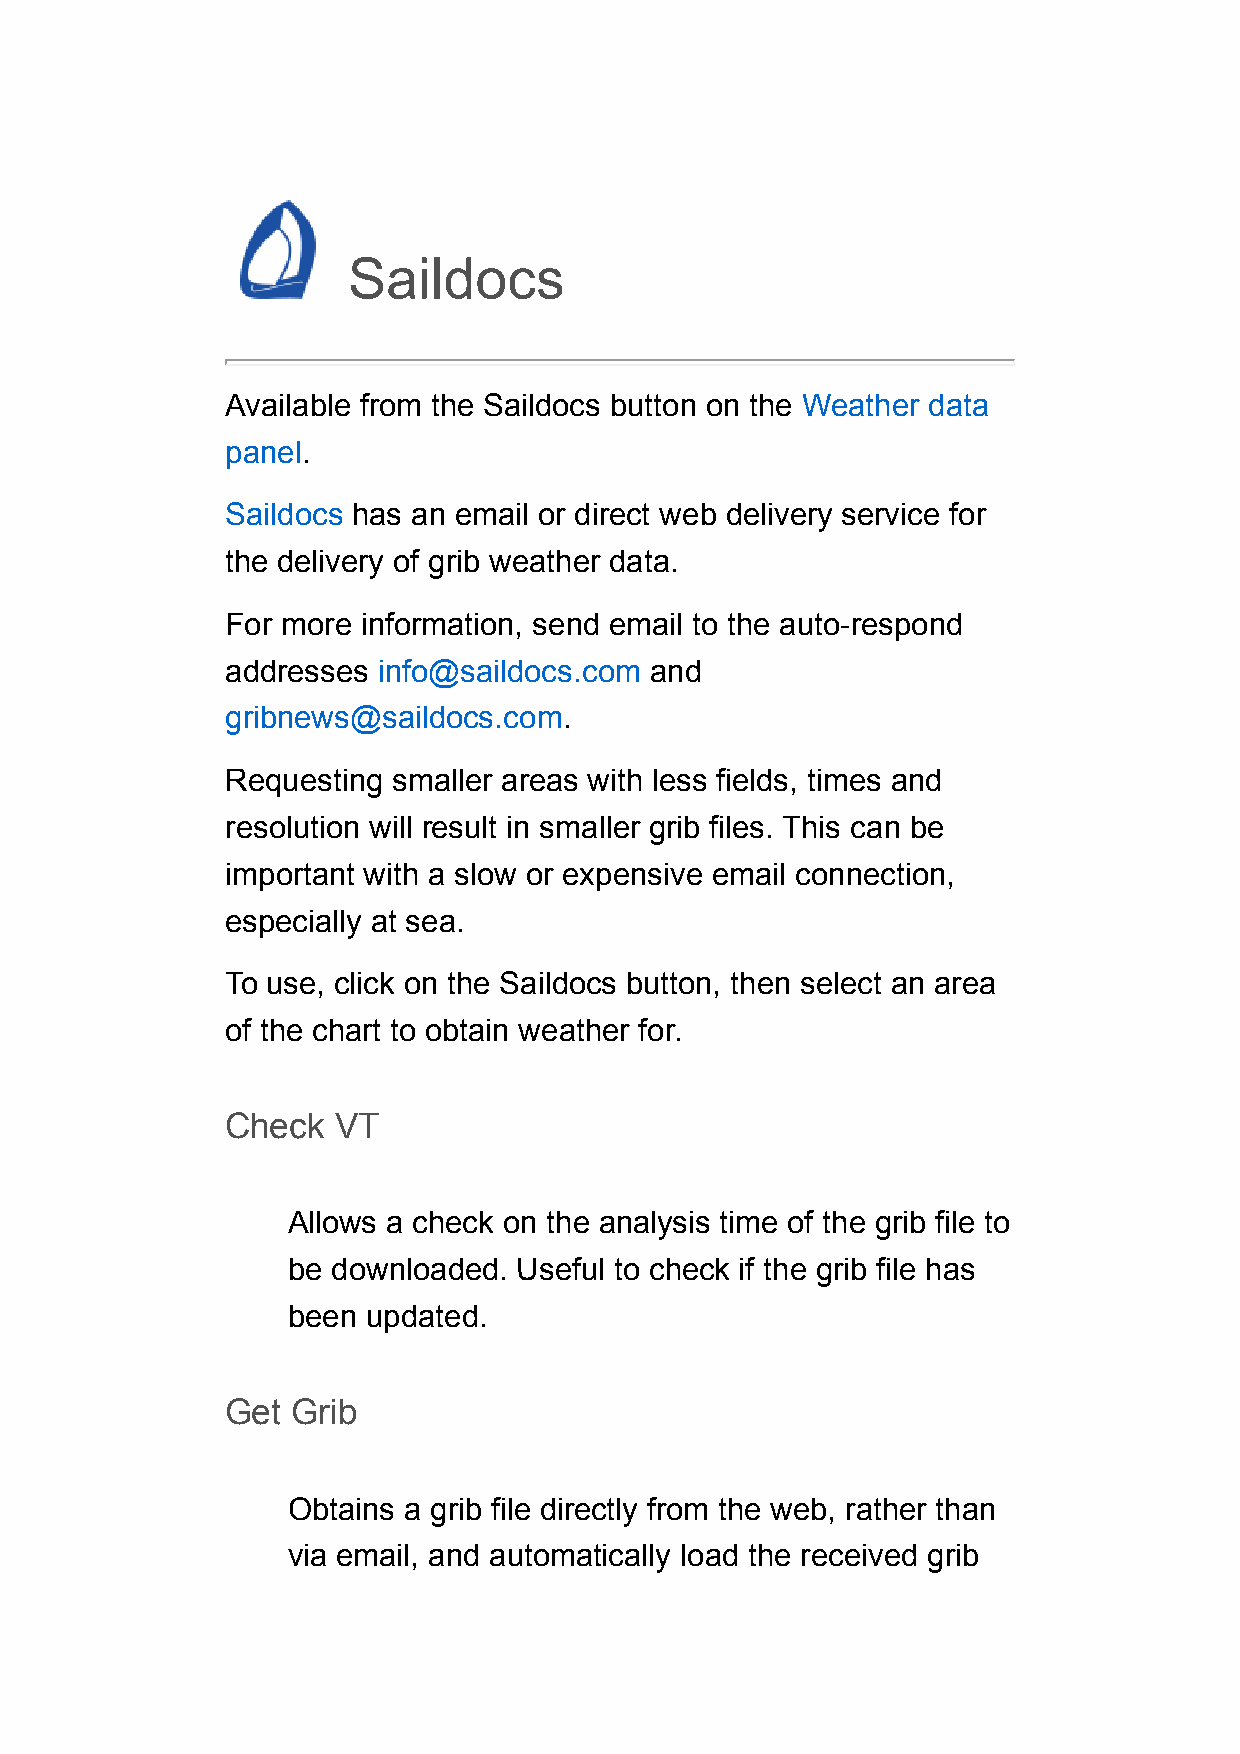
Saildocs
 Available from the Saildocs button on the Weather data
 panel.
 Saildocs has an email or direct web delivery service for
 the delivery of grib weather data.
 For more information, send email to the auto-respond
 addresses info@saildocs.com and
 gribnews@saildocs.com.
 Requesting smaller areas with less fields, times and
 resolution will result in smaller grib files. This can be
 important with a slow or expensive email connection,
 especially at sea.
 To use, click on the Saildocs button, then select an area
 of the chart to obtain weather for.
 Check  VT
 Allows a check on the analysis time of the grib file to
 be downloaded. Useful to check if the grib file has
 been updated.
 Get Grib
 Obtains a grib file directly from the web, rather than
 via email, and automatically load the received grib